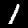
Digit: 1